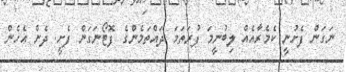
ނަގަން ފެށުނީ ކެމެރާއެއް ލިބުނީމަ ފުރަތަމަ ދައްތަމެންގެ ފޮޓޯނަގަން ފެށީ. ދެން އެހެން